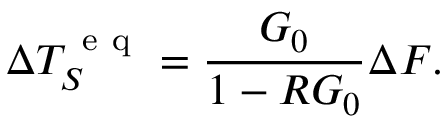
\Delta T _ { S } ^ { \mathrm { ~ e ~ q ~ } } = \frac { G _ { 0 } } { 1 - R G _ { 0 } } \Delta F .